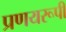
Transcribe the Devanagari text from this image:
प्रणयरूपी